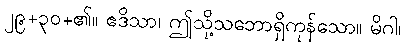
၂၉+၃၀+၏။ ဧဒိသာ၊ ဤသို့သဘောရှိကုန်သော။ မိဂါ၊